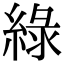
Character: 綠